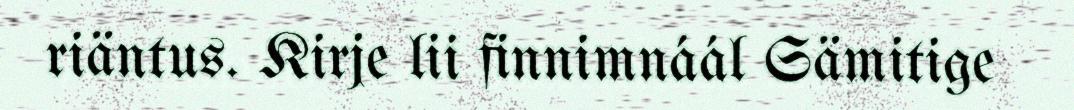
riäntus. Kirje lii finnimnáál Sämitige